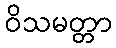
ဝိသမတ္တာ